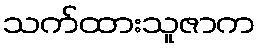
သက်ထားသူဇာက